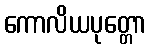
ကောလိယပုတ္တော